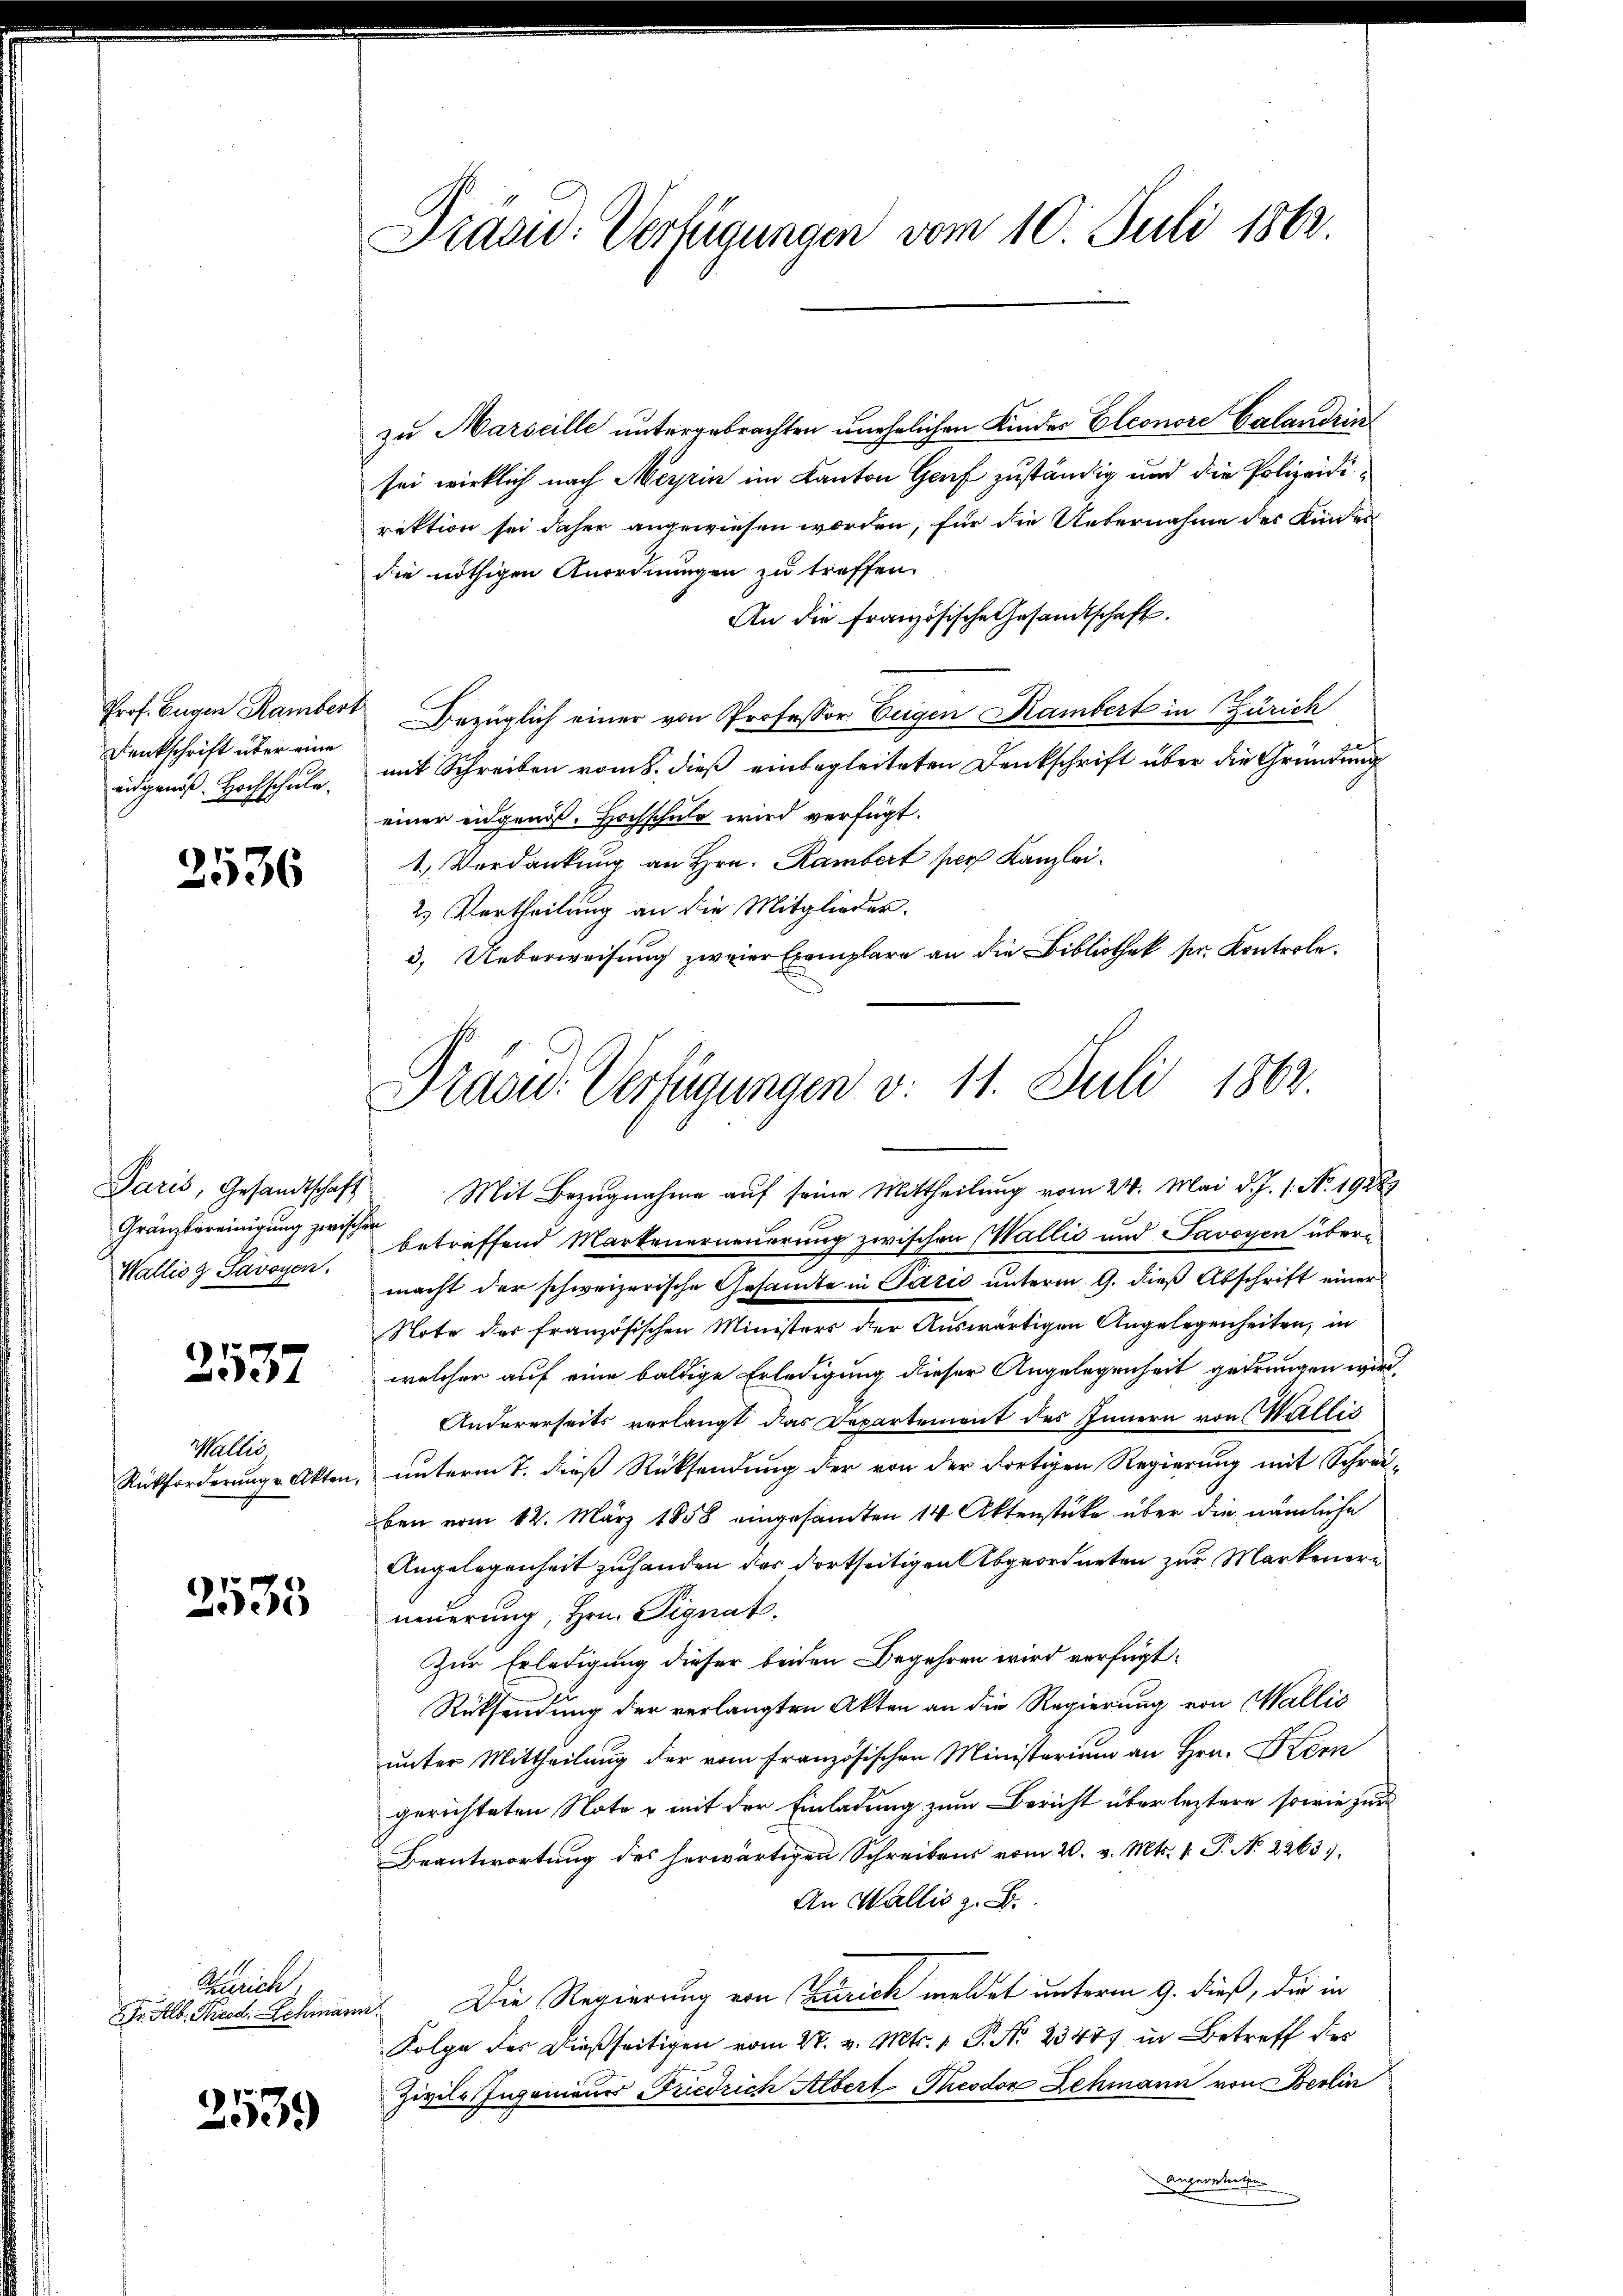
Präsid. Verfügungen vom 10. Juli 1862.

zu Marseille untergebrachten unehelichen Kinder Eleonore Calandrin
sei wirklich nach Merpin im Kanton Genf zuständig und die Polizeidirektion sei daher angewiesen worden, für die Unternahme des Kindes
die nöthigen Anordnungen zu treffen.
An die Französische Gesandtschaft.
Bezüglich einer von Professor Eugen Rambert in Zürich
mit Schreiben vom 8. dieß einbegleiteten Denkschrift über die Gründung
einer eidgenoß. Hochschuld wird verfügt.
1.) Verdankung an Hrn. Rambert per Kanzlei.
2.) Vertheilung an die Mitglieder¬
3. Ueberweisung zweier Exemplare an die Bibliothek sr. Kontrole.
Paris, Gesandtschaft. Mit Bezŭgnahme aŭf seine Mittheilung vom 24. Mai d. J. 1. No. 19283
betreffend Martenerneuerung zwischen Wallić und Savoyen übere
macht der schweizerische Gesamte in Pazić unterm 9. dieß Abschrift einer
Note der französischen Ministers der Auswärtigen Angelegenheiten, in
welcher auf eine baldige Erledigung dieser Angelegenheit gedrungen wird,
Andererseits verlangt das Departemont des Innern von Wallis
unterm 7. dieß Rücksendung der von der dortigen Regierung mit Schrei-
ben vom 12. März 1858 eingesamten 14 Aktenstücke über die nämliche
Angelegenheit zuhanden des dortseitigen Abgeordneten zur Markenerneuerung, Hrn. Signat.
Zur Erledigung dieser beiden Begehren wird verfügt:
Rücksendung der verlangten Akten an die Regierung von Wallis
unter Mittheilung der vom Französischen Ministerium an Hrn. Hern
gerichteten Note u mit der Einladung zum Bericht über leztere sowie zur
Beantwortung des herwärtigen Schreibens vom 20. v. Mts. 1 P. N. 2263),
An Wallis z. B.
Die Regierung von Zürich meldet unterm 9. dieß, die in
Folge der dießseitigen vom 27. v. Mts. 1 P. Nr. 23457 in Betreff des
Zivile Ingenieurs Friedrich Albert Theodor Lehmann von Berlin
Angerateten

Prof. Eugen Rambert
Denkschrift über eine
eidgenoß. Hochschule.

2536

Präsid. Verfügungen v. 11. Juli 1862.

Gränzbereinigung zwischen
Wallis g Savoyen.

2537

Wallis
Rückforderung u. Akten,

2535

Zürich.
Dr. Alb. Kirod. Schmann.

2539